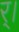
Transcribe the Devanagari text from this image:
र्।